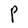
Character: P